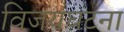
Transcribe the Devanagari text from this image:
विजयघटना